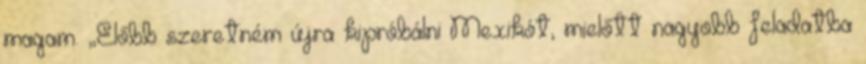
magam. „Előbb szeretném újra kipróbálni Mexikót, mielőtt nagyobb feladatba